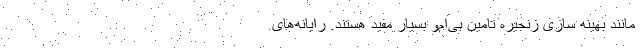
مانند بهینه سازی زنجیره تامین بی‌ام‌و بسیار مفید هستند. رایانه‌های